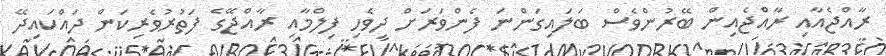
ރާއްޖެއާއި ރާއްޖެއިން ބޭރުންވެސް ބަލައިގަންނަ ފެންވަރަށް ދިވެހި ފިލްމާއި ރާއްޖޭގެ ފަތުރުވެރިކަން ދައްކައިދޭ